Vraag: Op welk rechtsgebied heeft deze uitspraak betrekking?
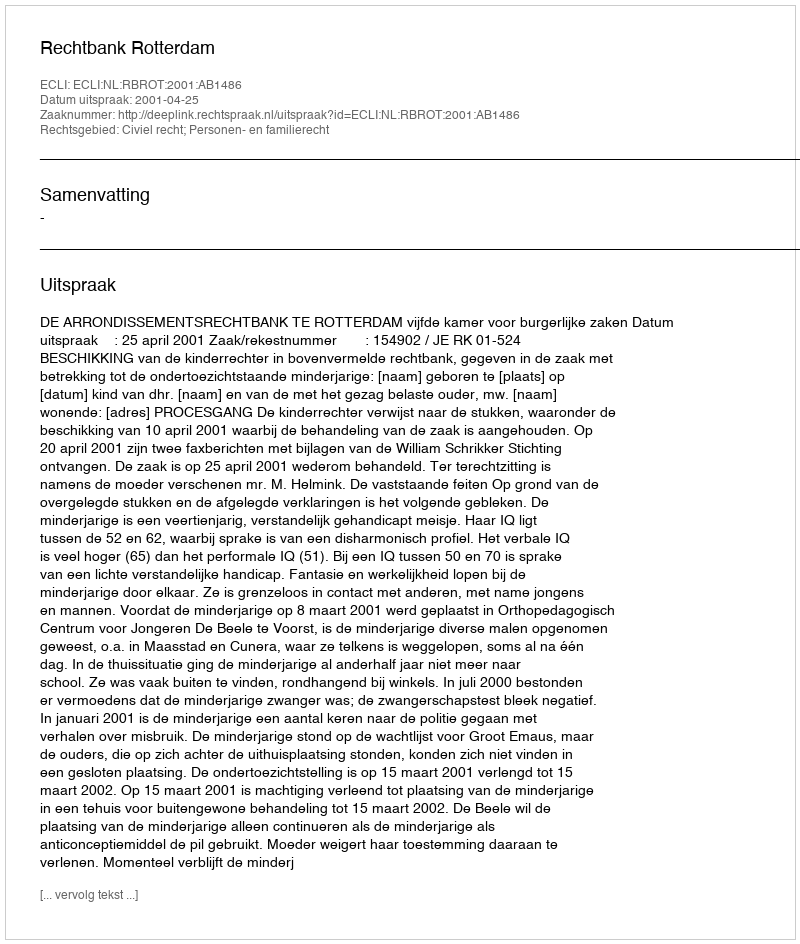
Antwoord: Civiel recht; Personen- en familierecht